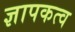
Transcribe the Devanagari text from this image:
ज्ञापकत्व